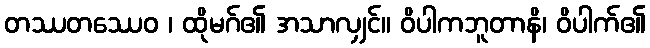
တဿတဿေဝ ၊ ထိုမဂ်၏ အသာလျှင်။ ဝိပါကဘူတာနိ၊ ဝိပါက်၏